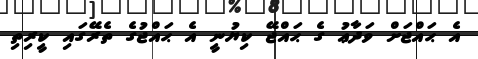
އެ ޙައްޖަށް ވަދާޢު ގެ ޙައްޖޭ ކިޔުނީ އެ ޙައްޖުގެ ތެރޭގައި ކީރިތި